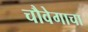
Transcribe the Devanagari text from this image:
चौवेगाचा